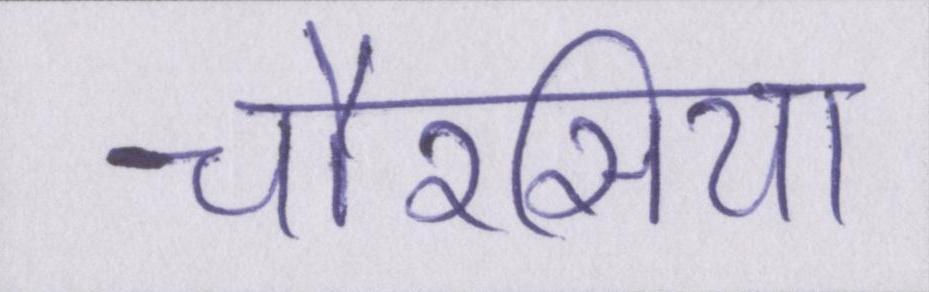
चौरसिया